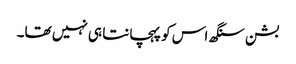
بشن سنگھ اس کو پہچانتا ہی نہیں تھا۔